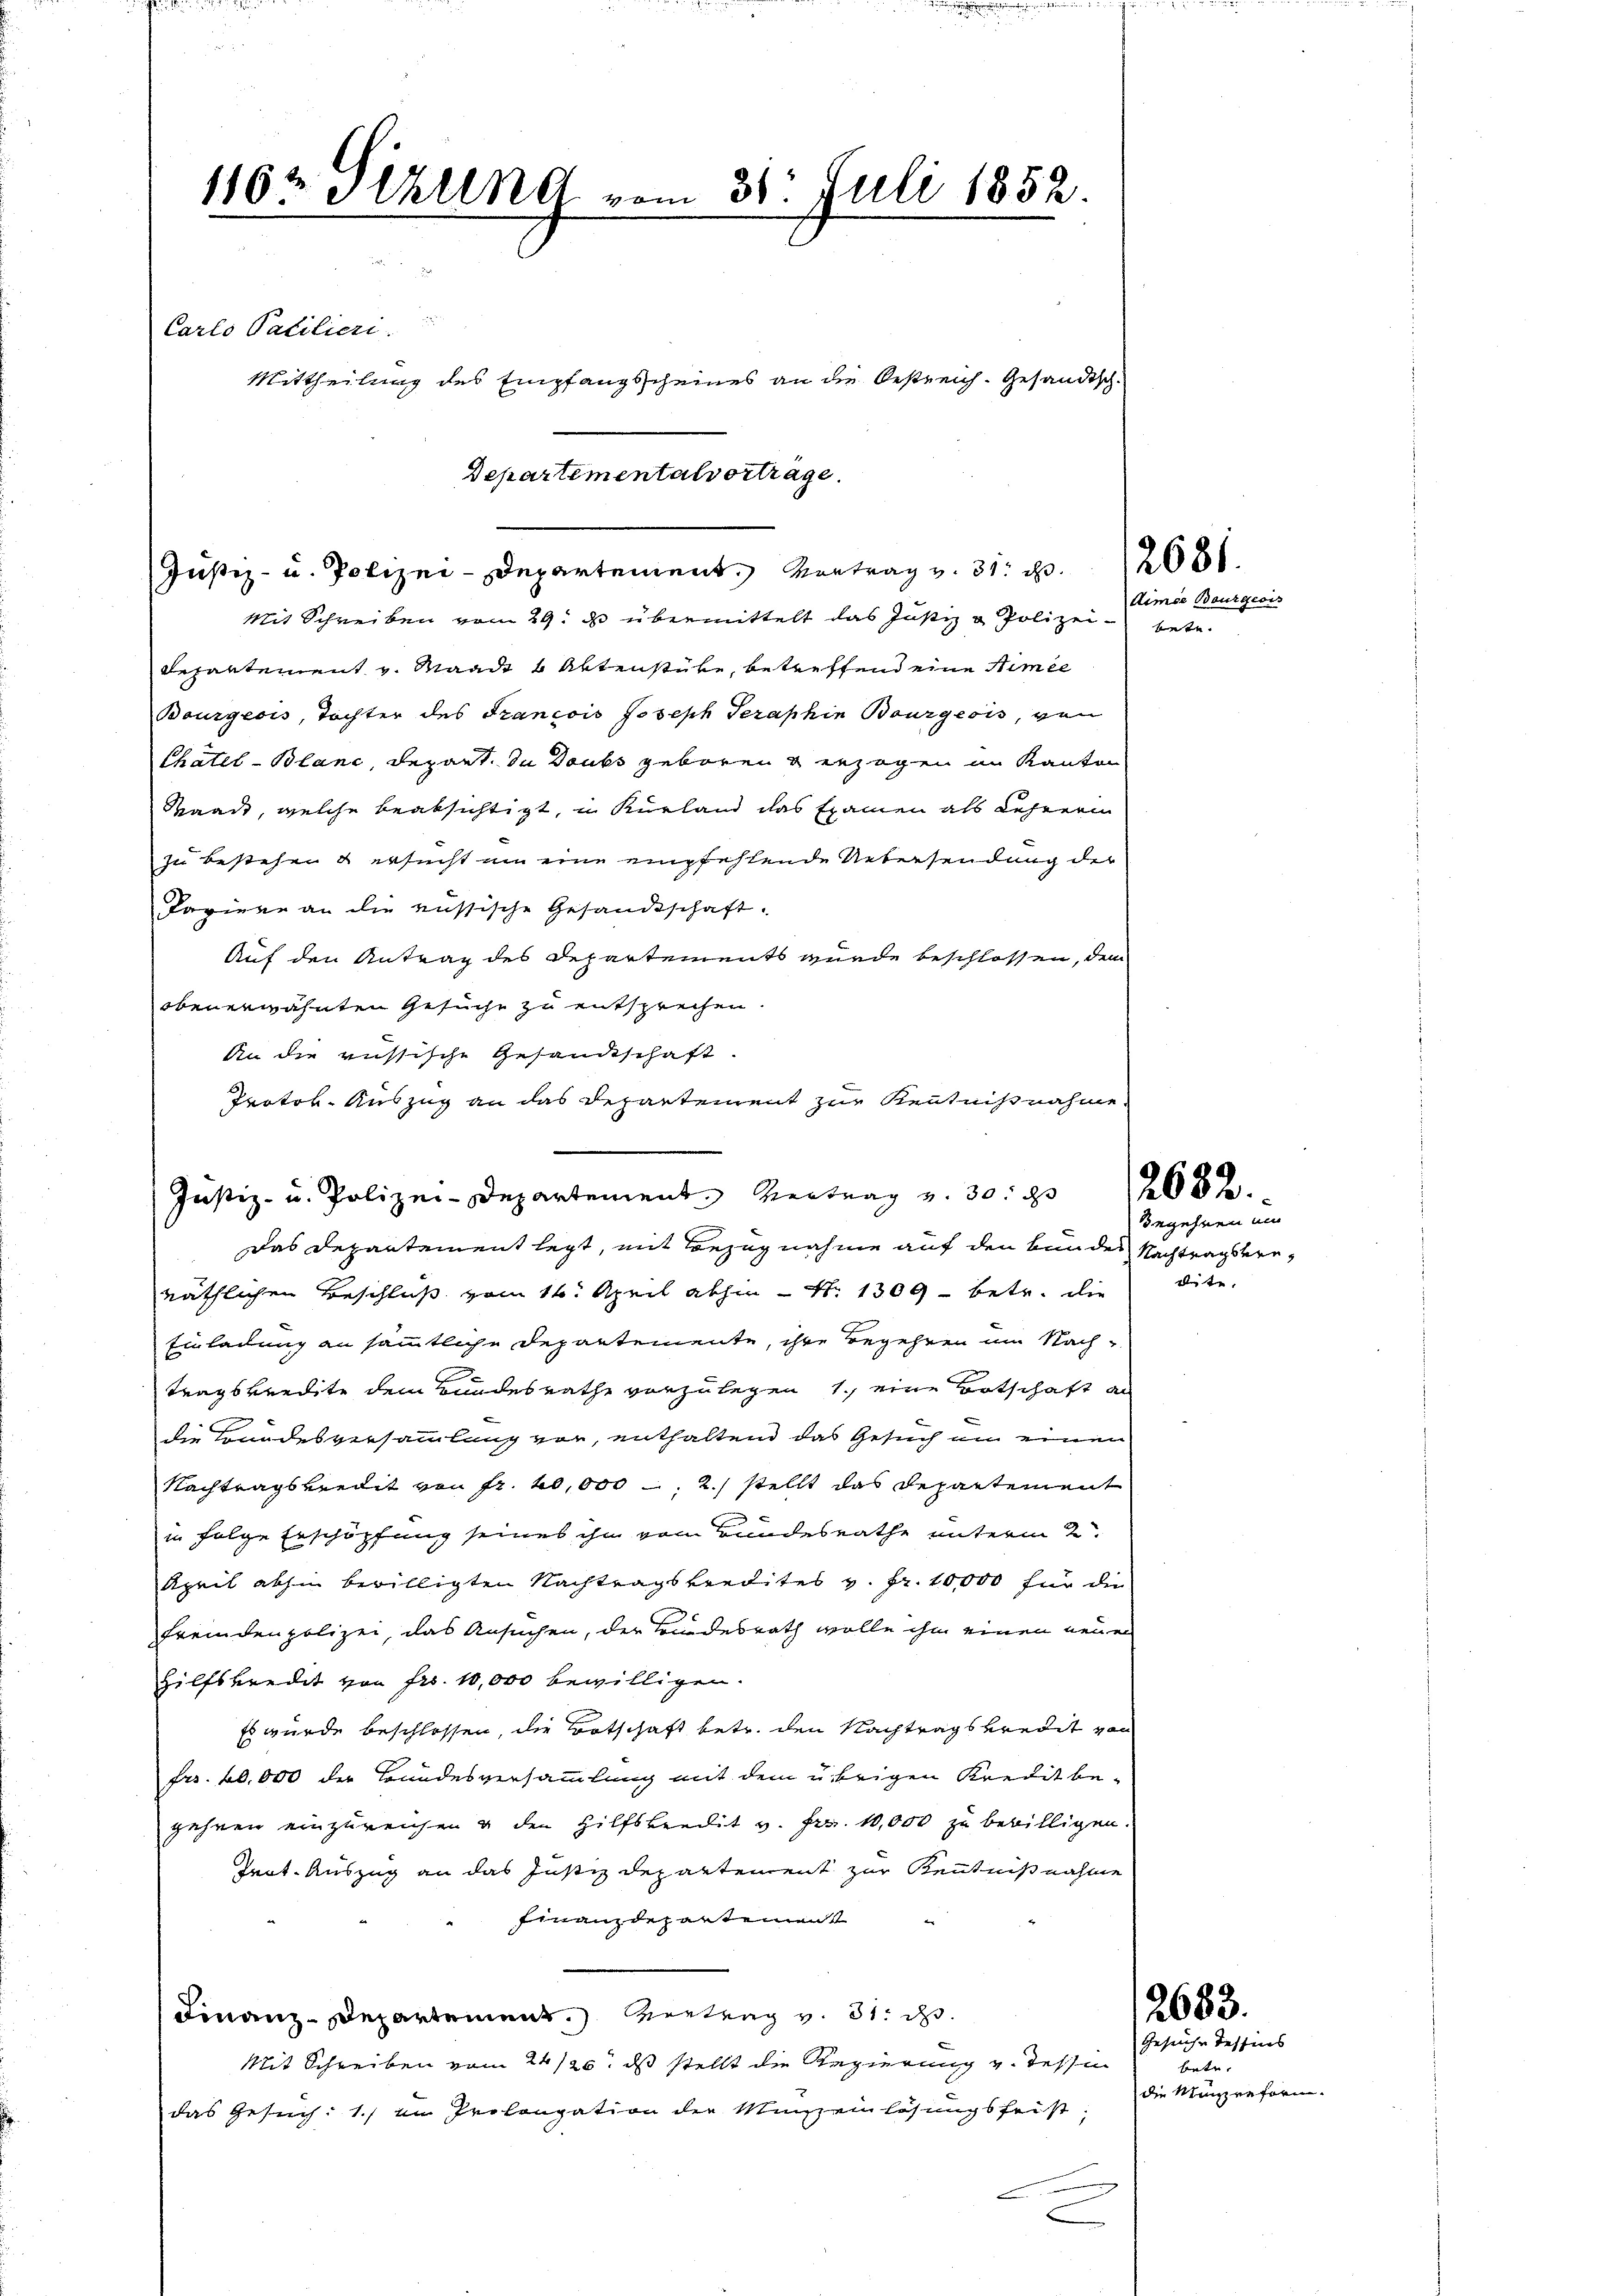
1162 Sizung vom 31. Juli 1852.
8
Carlo Patiliere.
Mittheilung des Empfangsscheines an die Oestreich. Gesandtsch.

Departementalvorträge.
Justiz- u. Polizei-Departement. Vortrag v. 31. 2. 2080.
Mit Schreiben vom 29. d übermittelt das Justiz & Polizei bete

z

Repartement v. Waadt u Aktenstüke, betreffend eine Stimme
Bourgeois, Tochter des Francois Joseph Teraphie Bourgeois, von
Chatel-Blanc, Depart. da Doubs geboren u erzogen im Kanton
Waadt, welche beabsichtigt, u. Kurland das Examen als Lehrerin
zu bestehen & ersucht um eine empfehlende Uebersendung der
Tapiere an die russische Gesandtschaft.
Auf den Antrag des Departements wurde beschlossen, dem
obenerwähnten Gesuche zu entsprechen.
An die russische Gesandtschaft
Trator. Auszug an das Repartement zur Kenntnißnahme
Justiz- u. Polizei-Departement Vertrag und 30. d
Das Departement legt, mit Bezugnahme auf den von des Nachtragserräthlichen Beschluß vom 16. April abhin Nr. 1309 - betr. die dite.
Einladung an sämmtliche Departemente, ihre Begehren im Nach-
tragskredite dem Bundesrathe vorzulegen 1. eine Botschaft an
die Brandesversammlung vor, enthaltend das Gesuch an einen
Nachtragskredit von fr. 20,000, 2. stellt das Repartement
in folge Erschöpfung seines ihn vom Bundesrathe unterm 2.
April abhin bewilligten Nachtragskredites v. Fr. 10,000 für die
fremdenpolizei, das Ansuchen, der Findesrath wolle ihm einen neuen
Hilfskredit von Fr. 10,000 bewilligen.
Es wurde beschlossen, die Botschaft betr. den Nachtrags kredit von
Frs. 20.000 der Bundesversammlung mit dem übrigen Kredit be-
gehren einzureichen & den Hilfsbeedit v. Frz. 10,000 zu bewilligen.
Teat. Auszug an das Justiz Departement zur Kenntnißnahme
Finanzdepartement
Finanz-Departement. Vertrag v. 31. d.
Mit Schreiben vom 24/20. ds stellt die Regierung v. Tessen
das Gesuch: 1) im Prolongation der Musseinlösungsfriste
2

Aimée Bourgeois

2682.
Begehren ein

12683.
Gesuche Tessines

betr.
die Münzreform.